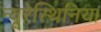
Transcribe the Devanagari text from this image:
न्यूरेस्थिनिया